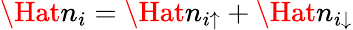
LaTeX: \Hat{n}_{i}=\Hat{n}_{i\uparrow}+\Hat{n}_{i\downarrow}